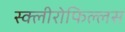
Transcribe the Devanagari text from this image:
स्क्लीरोफिल्लस